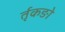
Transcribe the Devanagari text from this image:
र्तृकङो